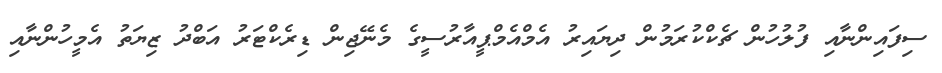
ސިފައިންނާއި ފުލުހުން ޗެކްކުރަމުން ދިޔައިރު އެމްއެމްޕީއާރުސީގެ މެނޭޖިން ޑިރެކްޓަރު އަބްދު ޒިޔަތު އެމީހުންނާއި